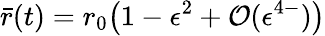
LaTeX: \bar{r}(t)=r_{0}\bigl(1-\epsilon^{2}+\mathcal{O}(\epsilon^{4-})\bigr)